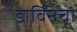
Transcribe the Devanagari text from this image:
डार्विंनचा